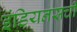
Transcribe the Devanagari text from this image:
इंडियनसची